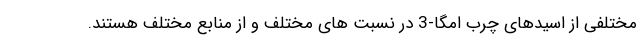
مختلفی از اسیدهای چرب امگا-3 در نسبت های مختلف و از منابع مختلف هستند.